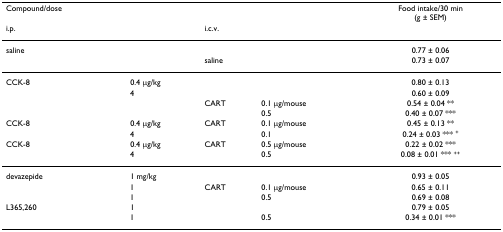
| Compound/dose |  |  |  | Food intake/30 min(g ± SEM) |
 | i.p. |  | i.c.v. |  |  |
 | --- | --- | --- | --- | --- |
 | saline |  |  |  | 0.77 ± 0.06 |
 |  |  | saline |  | 0.73 ± 0.07 |
 | CCK-8 | 0.4 μg/kg |  |  | 0.80 ± 0.13 |
 |  | 4 |  |  | 0.60 ± 0.09 |
 |  |  | CART | 0.1 μg/mouse | 0.54 ± 0.04 ** |
 |  |  |  | 0.5 | 0.40 ± 0.07 *** |
 | CCK-8 | 0.4 μg/kg | CART | 0.1 μg/mouse | 0.45 ± 0.13 ** |
 |  | 4 |  | 0.1 | 0.24 ± 0.03 *** + |
 | CCK-8 | 0.4 μg/kg | CART | 0.5 μg/mouse | 0.22 ± 0.02 *** |
 |  | 4 |  | 0.5 | 0.08 ± 0.01 *** ++ |
 | devazepide | 1 mg/kg |  |  | 0.93 ± 0.05 |
 |  | 1 | CART | 0.1 μg/mouse | 0.65 ± 0.11 |
 |  | 1 |  | 0.5 | 0.69 ± 0.08 |
 | L365,260 | 1 |  |  | 0.79 ± 0.05 |
 |  | 1 |  | 0.5 | 0.34 ± 0.01 *** |